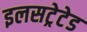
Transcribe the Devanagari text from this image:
इलसट्रेटेड